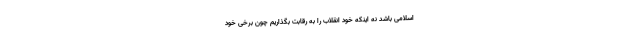
اسلامی باشد نه اینکه خود انقلاب را به رقابت بگذاریم چون برخی خود